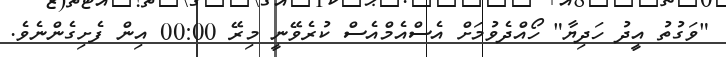
"ވަގުތު އީދު ހަދިޔާ" ހޯއްދެވުމަށް އެސްއެމްއެސް ކުރެވޭނީ މިރޭ 00:00 އިން ފެށިގެންނެވެ.